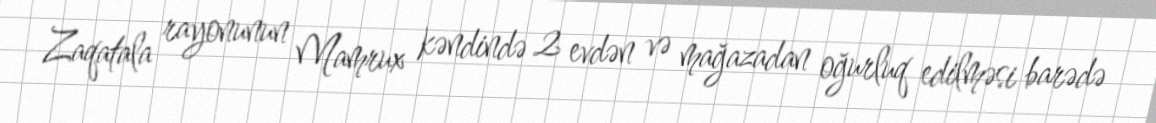
Zaqatala rayonunun Mamrux kəndində 2 evdən və mağazadan oğurluq edilməsi barədə